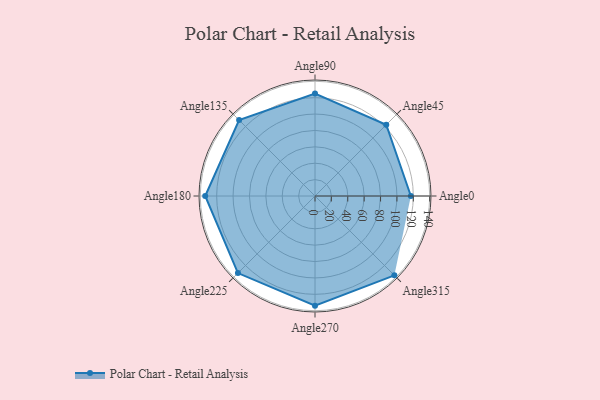
{"axis": {"x": "Angle", "y": "Radius"}, "legend": [""], "data": [{"x": "Angle0", "y": 117.0, "type": ""}, {"x": "Angle45", "y": 123.0, "type": ""}, {"x": "Angle90", "y": 125.0, "type": ""}, {"x": "Angle135", "y": 131.0, "type": ""}, {"x": "Angle180", "y": 134.0, "type": ""}, {"x": "Angle225", "y": 133.0, "type": ""}, {"x": "Angle270", "y": 134.0, "type": ""}, {"x": "Angle315", "y": 137.0, "type": ""}]}